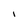
Character: I